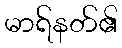
မာရ်နတ်၏